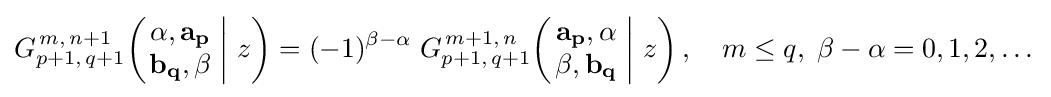
G_{p+1,\,q+1}^{\,m,\,n+1}\!\left(\left.{\begin{matrix}\alpha ,\mathbf {a_{p}} \\\mathbf {b_{q}} ,\beta \end{matrix}}\;\right|\,z\right)=(-1)^{\beta -\alpha }\;G_{p+1,\,q+1}^{\,m+1,\,n}\!\left(\left.{\begin{matrix}\mathbf {a_{p}} ,\alpha \\\beta ,\mathbf {b_{q}} \end{matrix}}\;\right|\,z\right),\quad m\leq q,\;\beta -\alpha =0,1,2,\dots